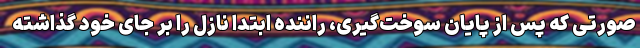
صورتی که پس از پایان سوخت‌گیری، راننده ابتدا نازل را بر جای خود گذاشته